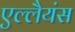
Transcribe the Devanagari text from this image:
एल्लैयंस